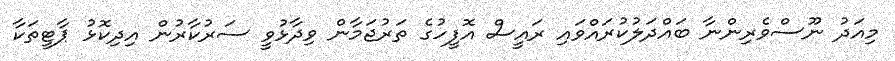
މިއަދު ނޫސްވެރިންނާ ބައްދަލުކުރައްވައި ރައީސް އޮފީހުގެ ތަރުޖަމާން ވިދާޅުވީ ސަރުކާރުން އިދިކޮޅު ޕާޓީތަކާ